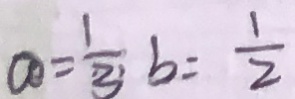
a = \frac { 1 } { 3 } b = \frac { 1 } { 2 }